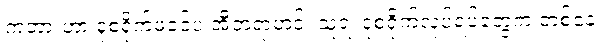
ကဘားဟာ ဒုစရိုက်ဖခင်ပဲ အီဘရာဟင်၊ သူ့ရဲ့ ဒုစရိုက်လုပ်ရပ်တွေက တစ်နေ့